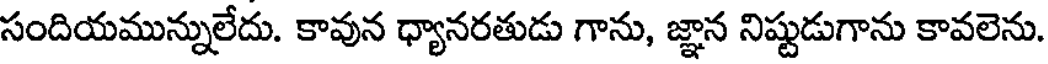
సందియమున్నులేదు. కావున ధ్యానరతుడు గాను, జ్ఞాన నిష్టుడుగాను కావలెను.